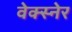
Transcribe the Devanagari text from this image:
वेक्स्नेर